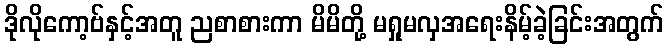
ဒိုလိုကော့ဗ်နှင့်အတူ ညစာစားကာ မိမိတို့ မရှုမလှအရေးနိမ့်ခဲ့ခြင်းအတွက်